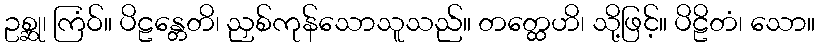
ဥစ္ဆု၊ ကြံဝ်။ ပိဠန္တေတိ၊ ညှစ်ကုန်သောသူသည်။ တတ္ထေဟိ၊ သို့ဖြင့်။ ပိဠိတံ၊ သော။